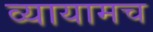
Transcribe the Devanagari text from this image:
व्यायामच